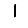
Digit: 1